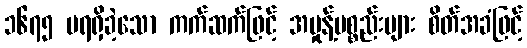
၁၆၇၅ မရရှိခဲ့သော ကက်ဆက်ဖြင့် အမှုန့်ပစ္စည်းများ စိတ်အခံဖြင့်